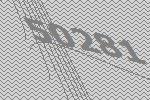
50281